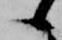
候